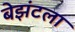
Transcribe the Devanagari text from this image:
बेझंटला